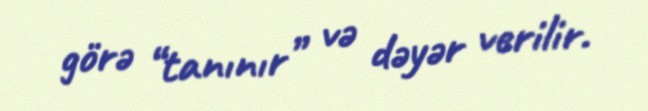
görə “tanınır” və dəyər verilir.